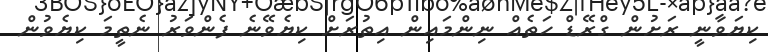
ކިޔަވާނީ ރަށުން ގްރޭޑް ހަތެއް ނިންމައިން އިތުރަށް ކިޔެވޭނެ ފެންވަރު ނެތީމަ ކިޔެވުން